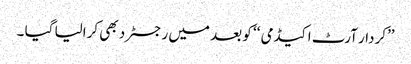
’’کردار آرٹ اکیڈمی ‘‘ کو بعد میں رجسٹرد بھی کرالیا گیا ۔